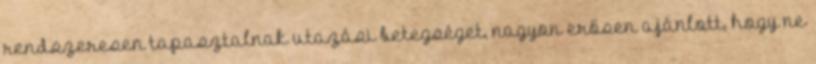
rendszeresen tapasztalnak utazási betegséget, nagyon erősen ajánlott, hogy ne